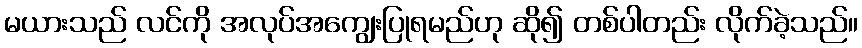
မယားသည် လင်ကို အလုပ်အကျွေးပြုရမည်ဟု ဆို၍ တစ်ပါတည်း လိုက်ခဲ့သည်။